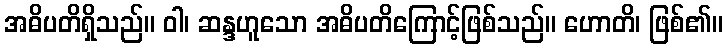
အဓိပတိရှိသည်။ ဝါ၊ ဆန္ဒဟူသော အဓိပတိကြောင့်ဖြစ်သည်။ ဟောတိ၊ ဖြစ်၏။